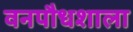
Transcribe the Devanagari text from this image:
वनपौधशाला